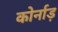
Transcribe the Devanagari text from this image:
कोर्नाड़